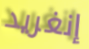
إنغريد